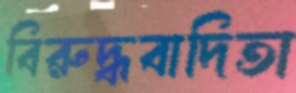
বিরুদ্ধবাদিতা